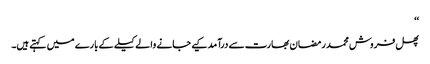
‘‘
پھل فروش محمد رمضان بھارت سے درآمد کیے جانے والے کیلے کے بارے میں کہتے ہیں۔